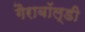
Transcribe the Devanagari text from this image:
गैराबॉल्डी